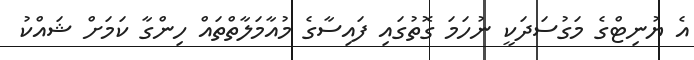
އެ ޔުނިޓްގެ މަގުސަދަކީ ނުހަމަ ގޮތުގައި ފައިސާގެ މުއާމަލާތްތައް ހިންގާ ކަމަށް ޝައްކު